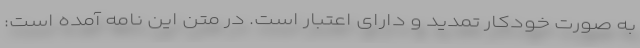
به صورت خودکار تمدید و دارای اعتبار است. در متن این نامه آمده است: